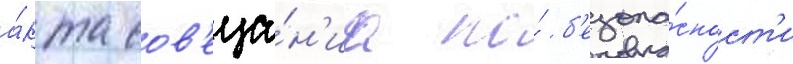
а́кта сов'еща́н'иа по́ б'езопа́сност'и